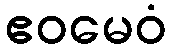
ဧဝမေဝံ